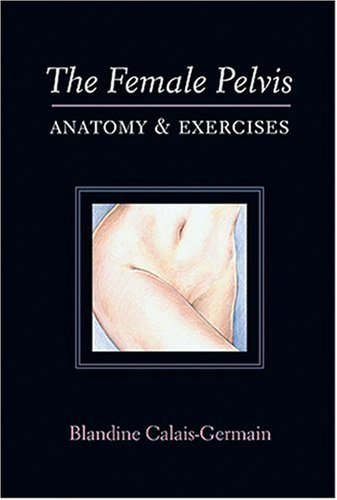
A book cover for The Female Pelvis Anatomy & Exercises; Blandine Calais-Germain; Health, Fitness & Dieting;